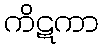
ကိဋကာ